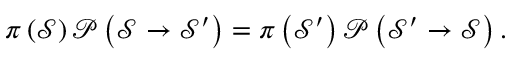
\begin{array} { r } { \pi \left( \mathcal { S } \right) \mathcal { P } \left( \mathcal { S } \rightarrow \mathcal { S } ^ { \prime } \right) = \pi \left( \mathcal { S } ^ { \prime } \right) \mathcal { P } \left( \mathcal { S } ^ { \prime } \rightarrow \mathcal { S } \right) . } \end{array}